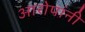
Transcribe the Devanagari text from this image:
आरोपांनी